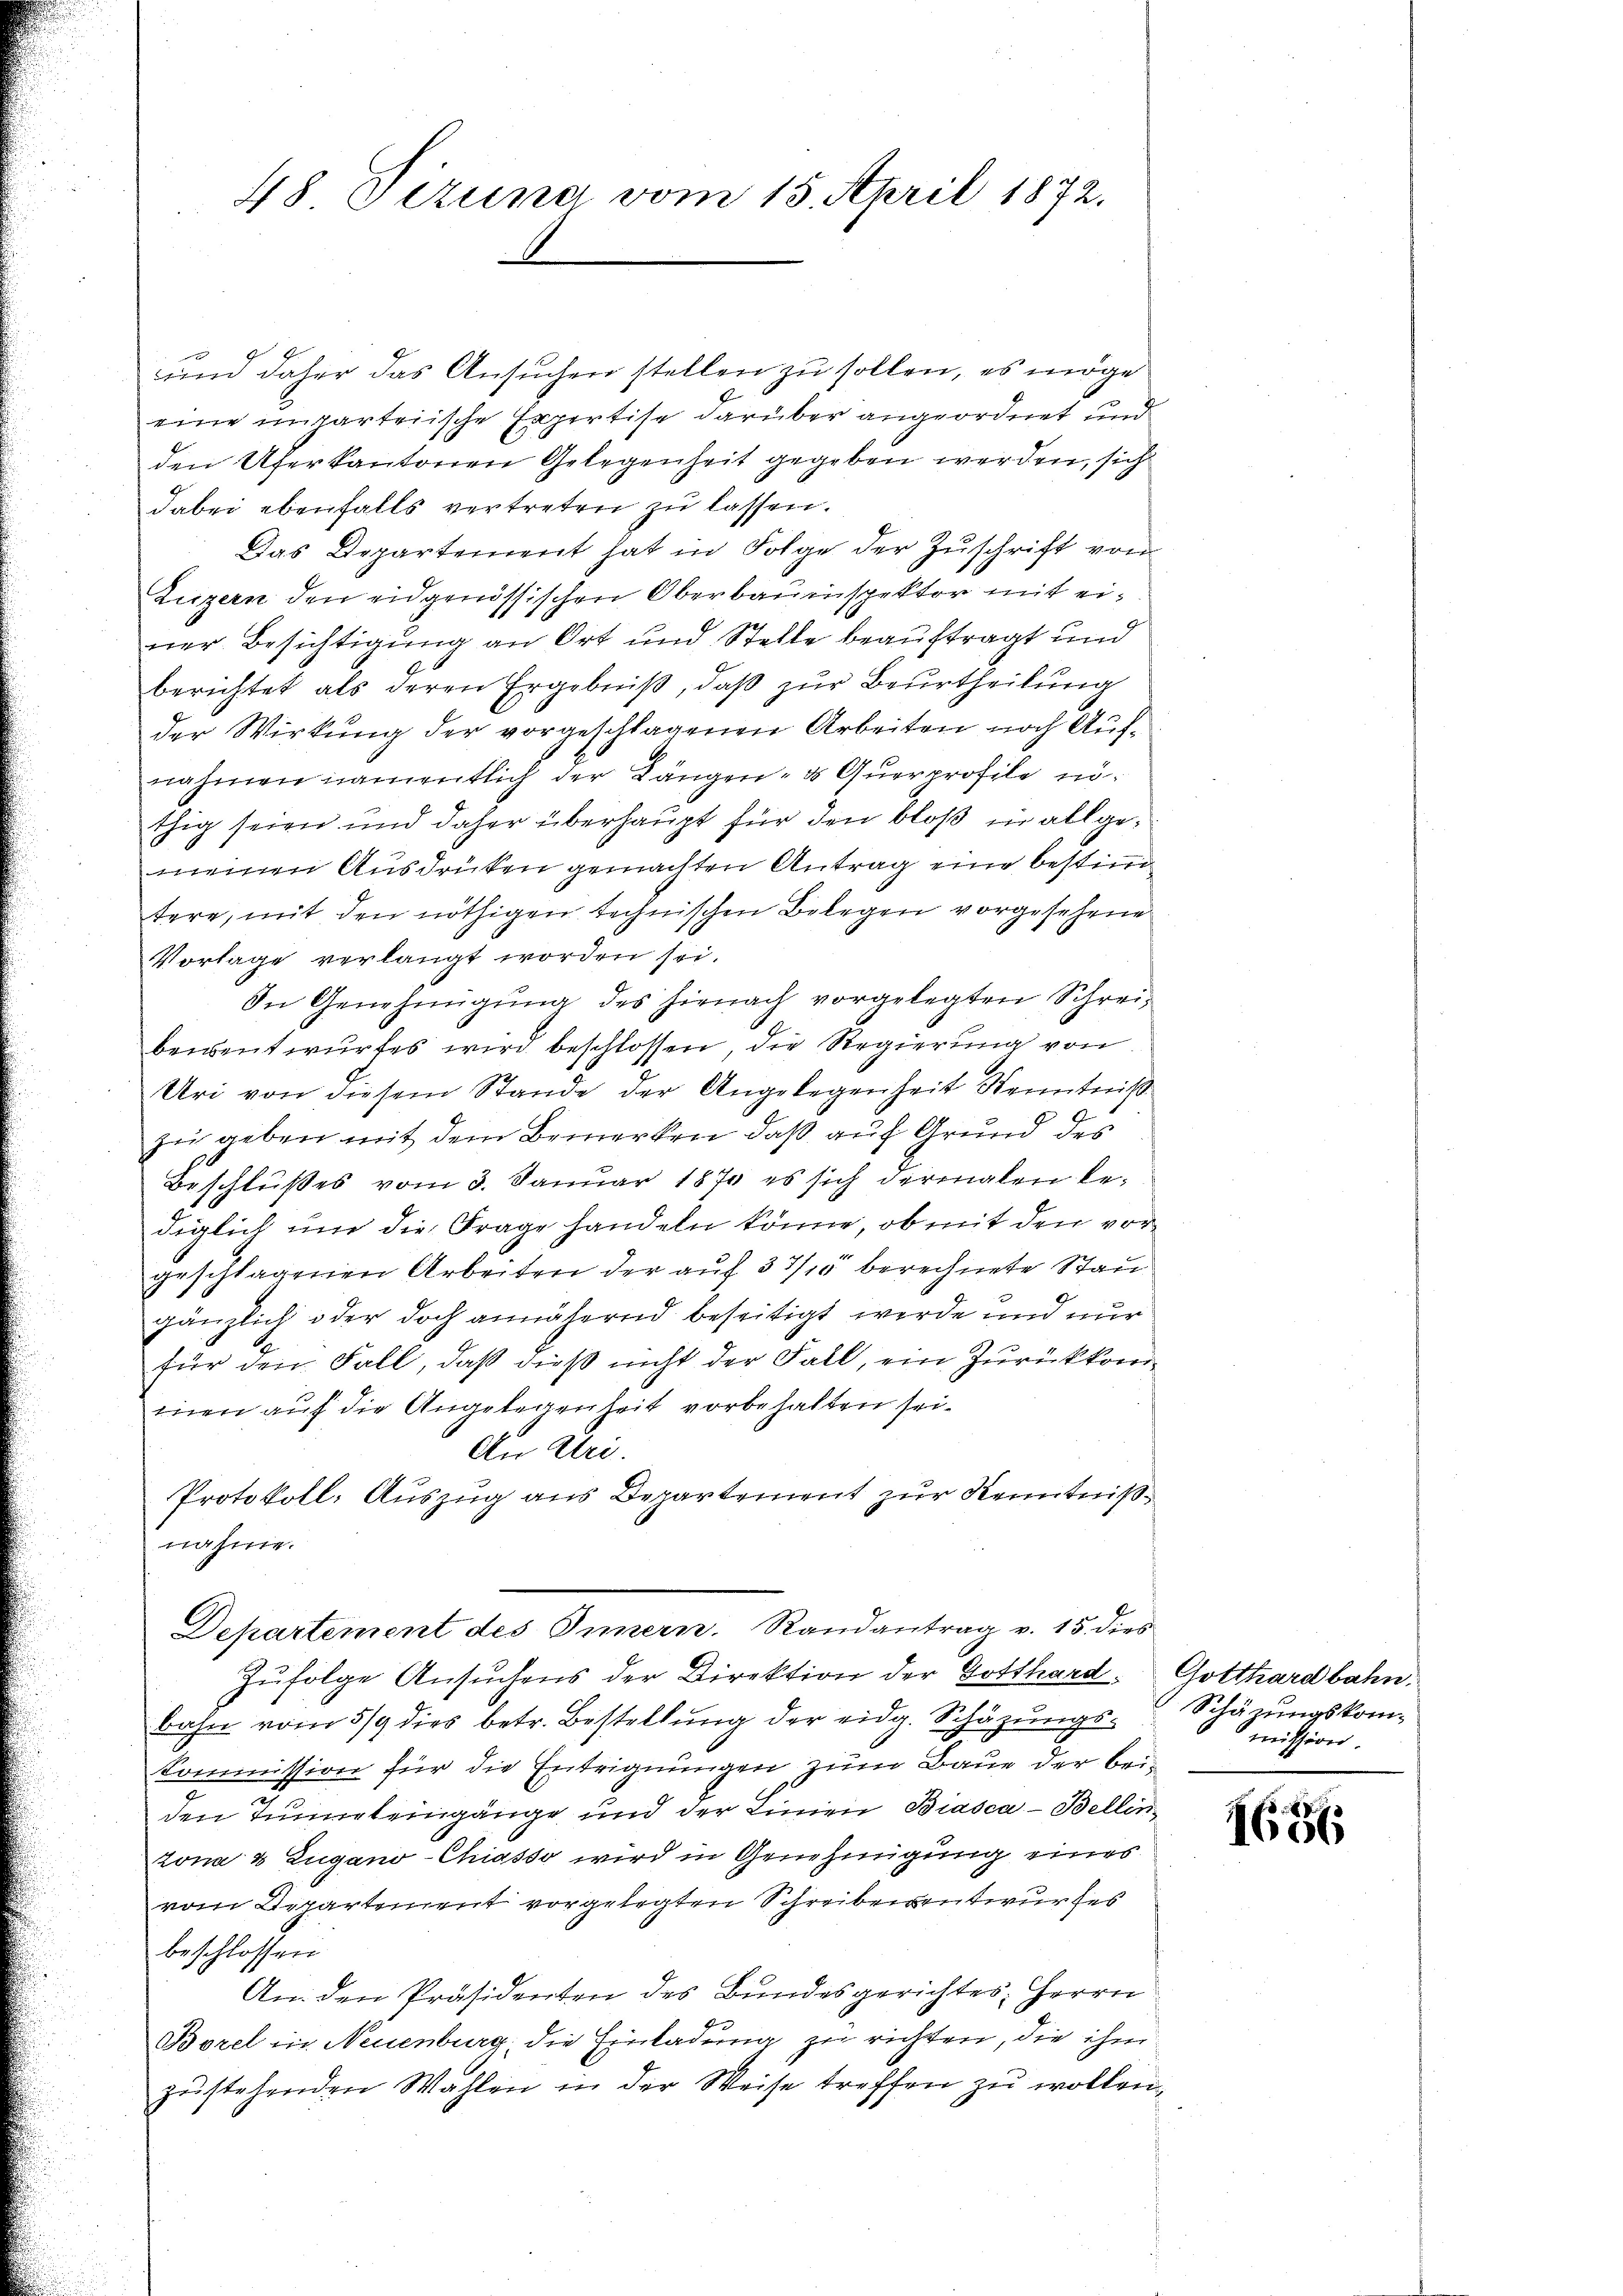
48 Pizuna vom 15. April 1872.

und daher das Ansuchen stellen zu sollen, es möge
eine untarteiische Expertise darüber angeordnet und
den Uferkantonen Gelegenheit gegeben werden, sich
dabei ebenfalls vertreten zu lassen.
Das Departement hat in Folge der Zuschrift von
Luzern den eidgenössischen Oberbauinspektor mit einer Besichtigung an Ort und Stelle beauftragt und
berichtet als deren Ergebniß, daß zur Beurtheilung
der Wirkung der vorgeschlagenen Arbeiten noch Aufnahmen namentlich der Längen - d Querprofile nöthig seien und daher überhaupt für den bloß in allgemeinen Ausdrücken gemachten Antrag eine bestim
tere, mit den nöthigen technischen Belegen vorgesehene
Vorlage verlangt worden sei.
In Genehmigung des hienach vorgelegten Schreibeidentwurfes wird beschlossen, die Regierung von
Uri von diesem Stande der Angelegenheit Kenntniß
9
zur geben mit dem Bemerken, daß auf Grund des
Beschlußes vom 3. Januar 1870 es sich dermalen be-
diglich um die Frage handeln könne, ob mit den vorgeschlagenen Arbeiten der auf 3 1/10 berechnete Stau
gänzlich oder doch annähernd beseitigt werde und nur
für den Fall, daß dieß nicht der Fall, ein Zurückkom
ien auf die Angelegenheit vorbehalten sei¬
An Uri.
Protokoll: Auszug aus Departement zur Kenntnißnahme.
Departement des Innern. Randantrag v. 15. dies
Zŭfolge Ansŭchens der Direktion der Gotthard, Gotthardbahn.
bahn vom 5/9 dies betr. Bestellung der eidg. Schäzungs¬
Kommission für die Entrignungen zum Baue der beiden Tunnereingänge und der Linien Biasca - Bellin
zona & Zugano-Chiasso wird in Genehmigung eines
vom Departement vorgelegten Schreibensentwurfes
beschlossen
An den Präsidenten des Bundesgerichtes Herrn
Borel in Neuenburg, die Einladung zu richten, die ihm
zustehenden Wahlen in der Weise treffen zu wollen,

Schäzungskommission.

1686